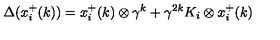
\Delta ( x _ { i } ^ { + } ( k ) ) = x _ { i } ^ { + } ( k ) \otimes \gamma ^ { k } + \gamma ^ { 2 k } K _ { i } \otimes x _ { i } ^ { + } ( k )